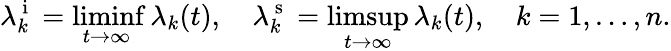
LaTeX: \lambda_{k}^{\mathrm{~i~}}=\operatorname*{liminf}_{t\to\infty}\lambda_{k}(t),\quad\lambda_{k}^{\mathrm{~s~}}=\operatorname*{limsup}_{t\to\infty}\lambda_{k}(t),\quad k=1,\ldots,n.